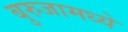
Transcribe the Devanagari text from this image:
बुरुजामध्ये